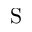
\operatorname S